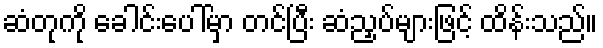
ဆံတုကို ခေါင်းပေါ်မှာ တင်ပြီး ဆံညှပ်များဖြင့် ထိန်းသည်။